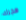
هجرك